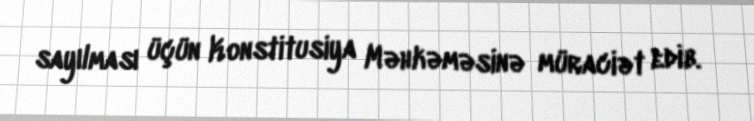
sayılması üçün Konstitusiya Məhkəməsinə müraciət edib.